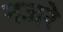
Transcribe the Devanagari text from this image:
नजरे